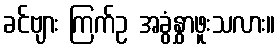
ခင်ဗျား ကြက်ဥ အခွံနွှာဖူးသလား။